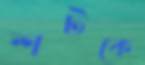
শটকে